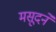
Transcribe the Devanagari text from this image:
मसूदने